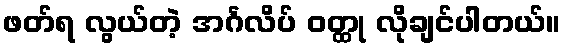
ဖတ်ရ လွယ်တဲ့ အင်္ဂလိပ် ဝတ္ထု လိုချင်ပါတယ်။